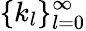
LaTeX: \{ k_{l}\} _{l=0}^{\infty}